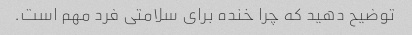
توضیح دهید که چرا خنده برای سلامتی فرد مهم است.